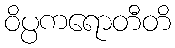
ဝိပ္ပကရောတီတိ